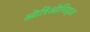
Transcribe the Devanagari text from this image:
ओरिओनिड्ज